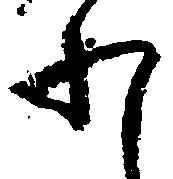
わ